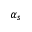
\alpha _ { s }